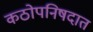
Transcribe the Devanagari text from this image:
कठोपनिषदात